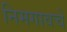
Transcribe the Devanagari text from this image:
निमगावचे